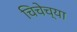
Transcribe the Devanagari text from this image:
चिचेच्या